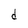
Character: d